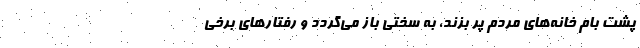
پشت بام خانه‌های مردم پر بزند، به سختی باز می‌گردد و رفتارهای برخی